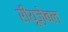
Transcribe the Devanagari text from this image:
रीयूज़ेबल